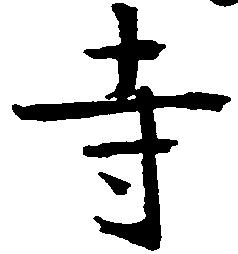
寺